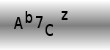
Text: Ab7Cz